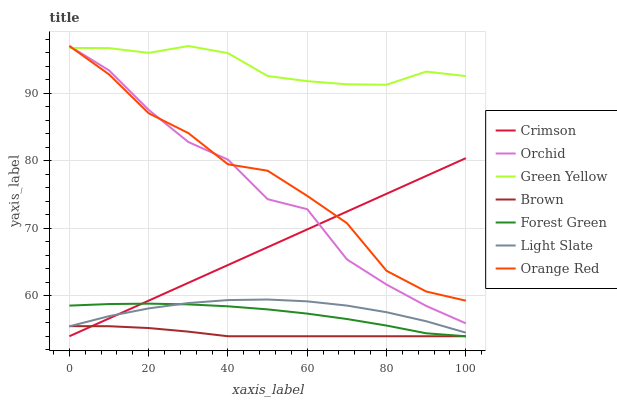
| xaxis_label | Crimson | Orchid | Green Yellow | Brown | Forest Green | Light Slate | Orange Red |
 | --- | --- | --- | --- | --- | --- | --- | --- |
 | 0 | 54 | 97 | 96.7 | 55.5 | 58.5 | 55.5 | 97 |
 | 10 | 56.6 | 93.4 | 96.7 | 55.5 | 58.8 | 57 | 92.8 |
 | 20 | 59.3 | 87.5 | 96 | 55.2 | 58.8 | 58.1 | 87 |
 | 30 | 61.9 | 82.8 | 97 | 54.7 | 58.7 | 58.9 | 84.1 |
 | 40 | 64.6 | 80.2 | 95.9 | 54 | 58.4 | 59.4 | 79.5 |
 | 50 | 67.2 | 74.3 | 92.6 | 54 | 58 | 59.4 | 78.5 |
 | 60 | 69.8 | 72.8 | 91.8 | 54 | 57.4 | 59.2 | 74.8 |
 | 70 | 72.5 | 65.4 | 91.3 | 54 | 56.6 | 58.5 | 70.8 |
 | 80 | 75.1 | 61.7 | 91.3 | 54 | 55.6 | 57.6 | 63.7 |
 | 90 | 77.7 | 58.5 | 93.2 | 54 | 54.4 | 56.2 | 60.6 |
 | 100 | 80.4 | 55.9 | 92.5 | 54 | 54 | 54.5 | 59.3 |